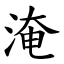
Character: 淹